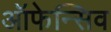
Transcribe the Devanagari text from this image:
ऑफेन्सिव